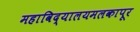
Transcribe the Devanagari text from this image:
महाविद्यालयमलकापूर